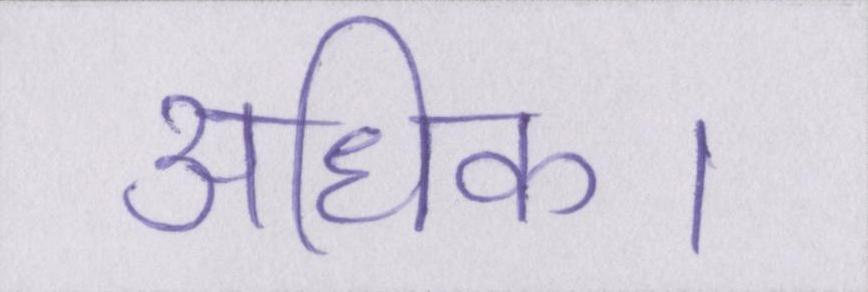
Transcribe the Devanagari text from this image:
अधिक।